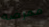
ممرضه